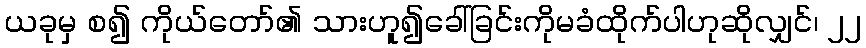
ယခုမှ စ၍ ကိုယ်တော်၏ သားဟူ၍ခေါ်ခြင်းကိုမခံထိုက်ပါဟုဆိုလျှင်၊ ၂၂